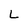
Character: L